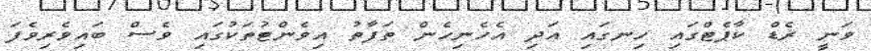
ވަނީ ރެޑް ކާޕެޓްގައި ހިނގައި އަދި އެހެނިހެން ތަފާތު އިވެންޓުތަކުގައި ވެސް ބައިވެރިވެފަ